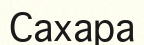
Сахара